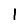
Digit: 1